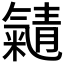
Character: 𱥭